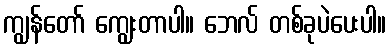
ကျွန်တော် ကျွေးတာပါ။ ဘေလ် တစ်ခုပဲပေးပါ။